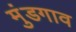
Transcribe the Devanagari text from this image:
मुंडगाव